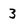
Character: 3